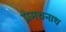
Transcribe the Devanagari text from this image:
प्रेमथनाथ